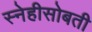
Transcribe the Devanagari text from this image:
स्नेहीसोबती